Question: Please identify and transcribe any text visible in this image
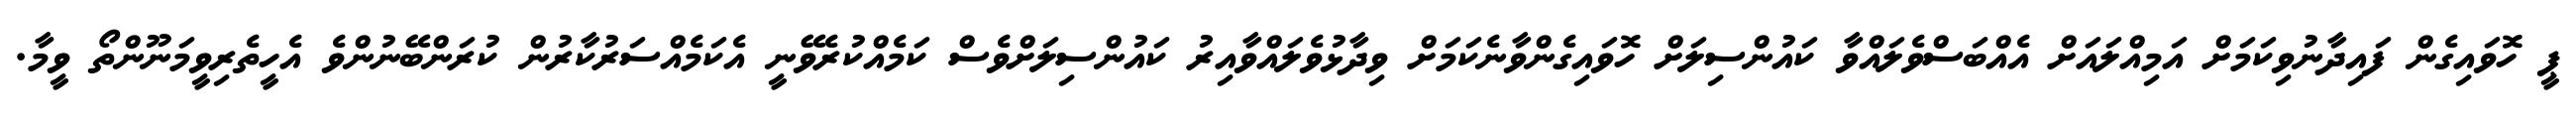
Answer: ޕީ ހޮވައިގެން ފައިދާނުވިކަމަށް އަމިއްލައަށް އެއްބަސްވެލައްވާ ކައުންސިލަށް ހޮވައިގެންވާނެކަމަށް ވިދާޅުވެލައްވާއިރު ކައުންސިލަށްވެސް ކަމެއްކުރެވޭނީ އެކަމެއްސަރުކާރުން ކުރަންބޭނުންވެ އެހީތެރިވީމަނޫންތޯ ވީމާ.